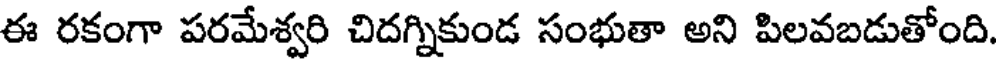
ఈ రకంగా పరమేశ్వరి చిదగ్నికుండ సంభుతా అని పిలవబడుతోంది.